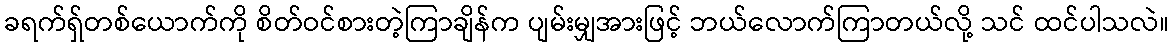
ခရက်ရှ်တစ်ယောက်ကို စိတ်ဝင်စားတဲ့ကြာချိန်က ပျမ်းမျှအားဖြင့် ဘယ်လောက်ကြာတယ်လို့ သင် ထင်ပါသလဲ။